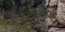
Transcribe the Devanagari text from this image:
सेलियस